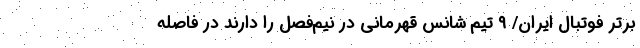
برتر فوتبال ایران/ ۹ تیم شانس قهرمانی در نیم‌فصل را دارند در فاصله